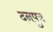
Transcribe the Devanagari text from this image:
दनपुत्र